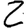
Digit: 2